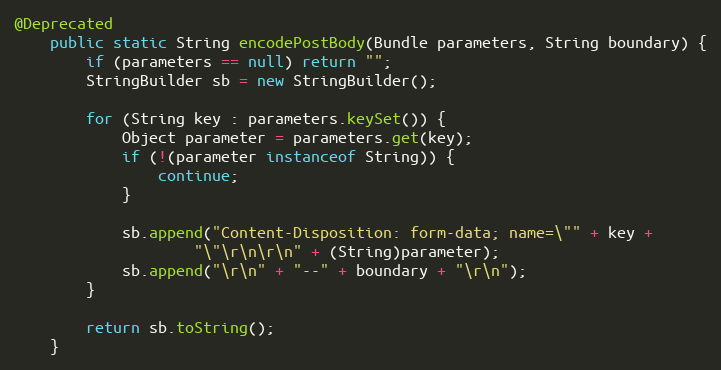
Language: Java
@Deprecated
    public static String encodePostBody(Bundle parameters, String boundary) {
        if (parameters == null) return "";
        StringBuilder sb = new StringBuilder();

        for (String key : parameters.keySet()) {
            Object parameter = parameters.get(key);
            if (!(parameter instanceof String)) {
                continue;
            }

            sb.append("Content-Disposition: form-data; name=\"" + key +
                    "\"\r\n\r\n" + (String)parameter);
            sb.append("\r\n" + "--" + boundary + "\r\n");
        }

        return sb.toString();
    }